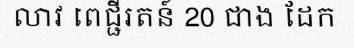
លាវ ពេជ្ជីរតន៍ 20 ជាង ដែក